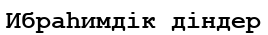
Ибраһимдік діндер